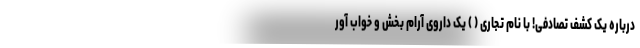
درباره یک کشف تصادفی! با نام تجاری ( ) یک داروی آرام بخش و خواب آور